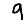
Digit: 9